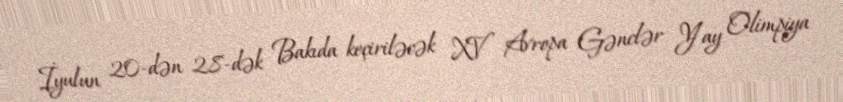
İyulun 20-dən 28-dək Bakıda keçiriləcək XV Avropa Gənclər Yay Olimpiya